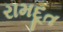
રામદૂત